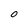
Character: O